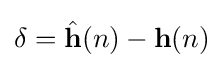
\mathbf {\delta } ={\hat {\mathbf {h} }}(n)-\mathbf {h} (n)